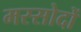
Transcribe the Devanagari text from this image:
मस्सोदों